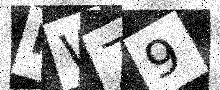
Text: FW79